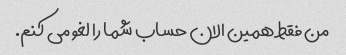
من فقط همین الان حساب شما را لغو می کنم.